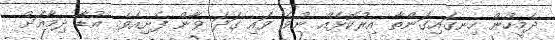
ދެމީހުން ހިނގައިގަންތާ އިރުކޮޅެއް ނުވެ ވައި ގަދަ ވާން ފެށިއެވެ. އުޑާ ދިމާއަށް